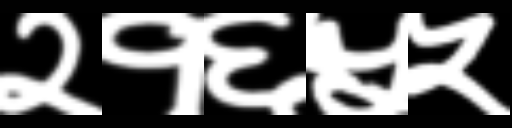
Text: २१६५५